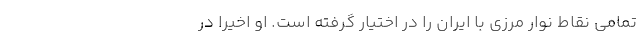
تمامی نقاط نوار مرزی با ایران را در اختیار گرفته است. او اخیرا در